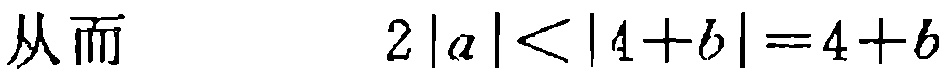
从而 \[ 2|a| < |4 + b| = 4 + b\]